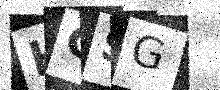
Text: HCSG